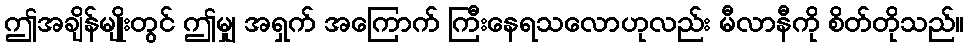
ဤအချိန်မျိုးတွင် ဤမျှ အရှက် အကြောက် ကြီးနေရသလောဟုလည်း မီလာနီကို စိတ်တိုသည်။